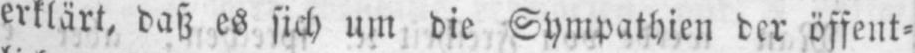
erklärt, daß es sich um die Sympathien der öffent⸗